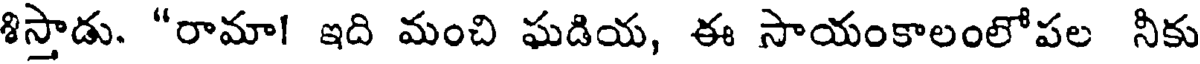
శిస్తాడు. "రామా! ఇది మంచి ఘడియ, ఈ సాయంకాలంలోపల నీకు